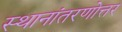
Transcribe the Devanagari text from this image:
स्थानांतरणोत्तर